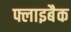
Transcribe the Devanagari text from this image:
फ्लाइबैक